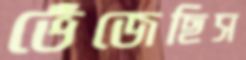
ভেঁজেছিস